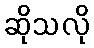
ဆိုသလို